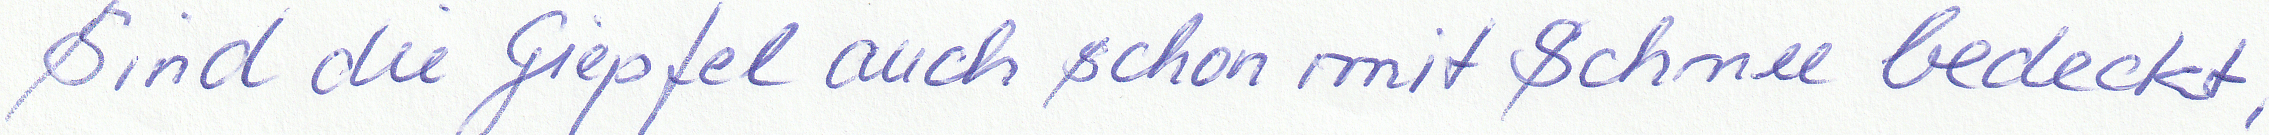
Sind die Giepfel auch schon mit Schnee bedeckt,